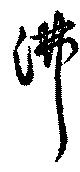
沸